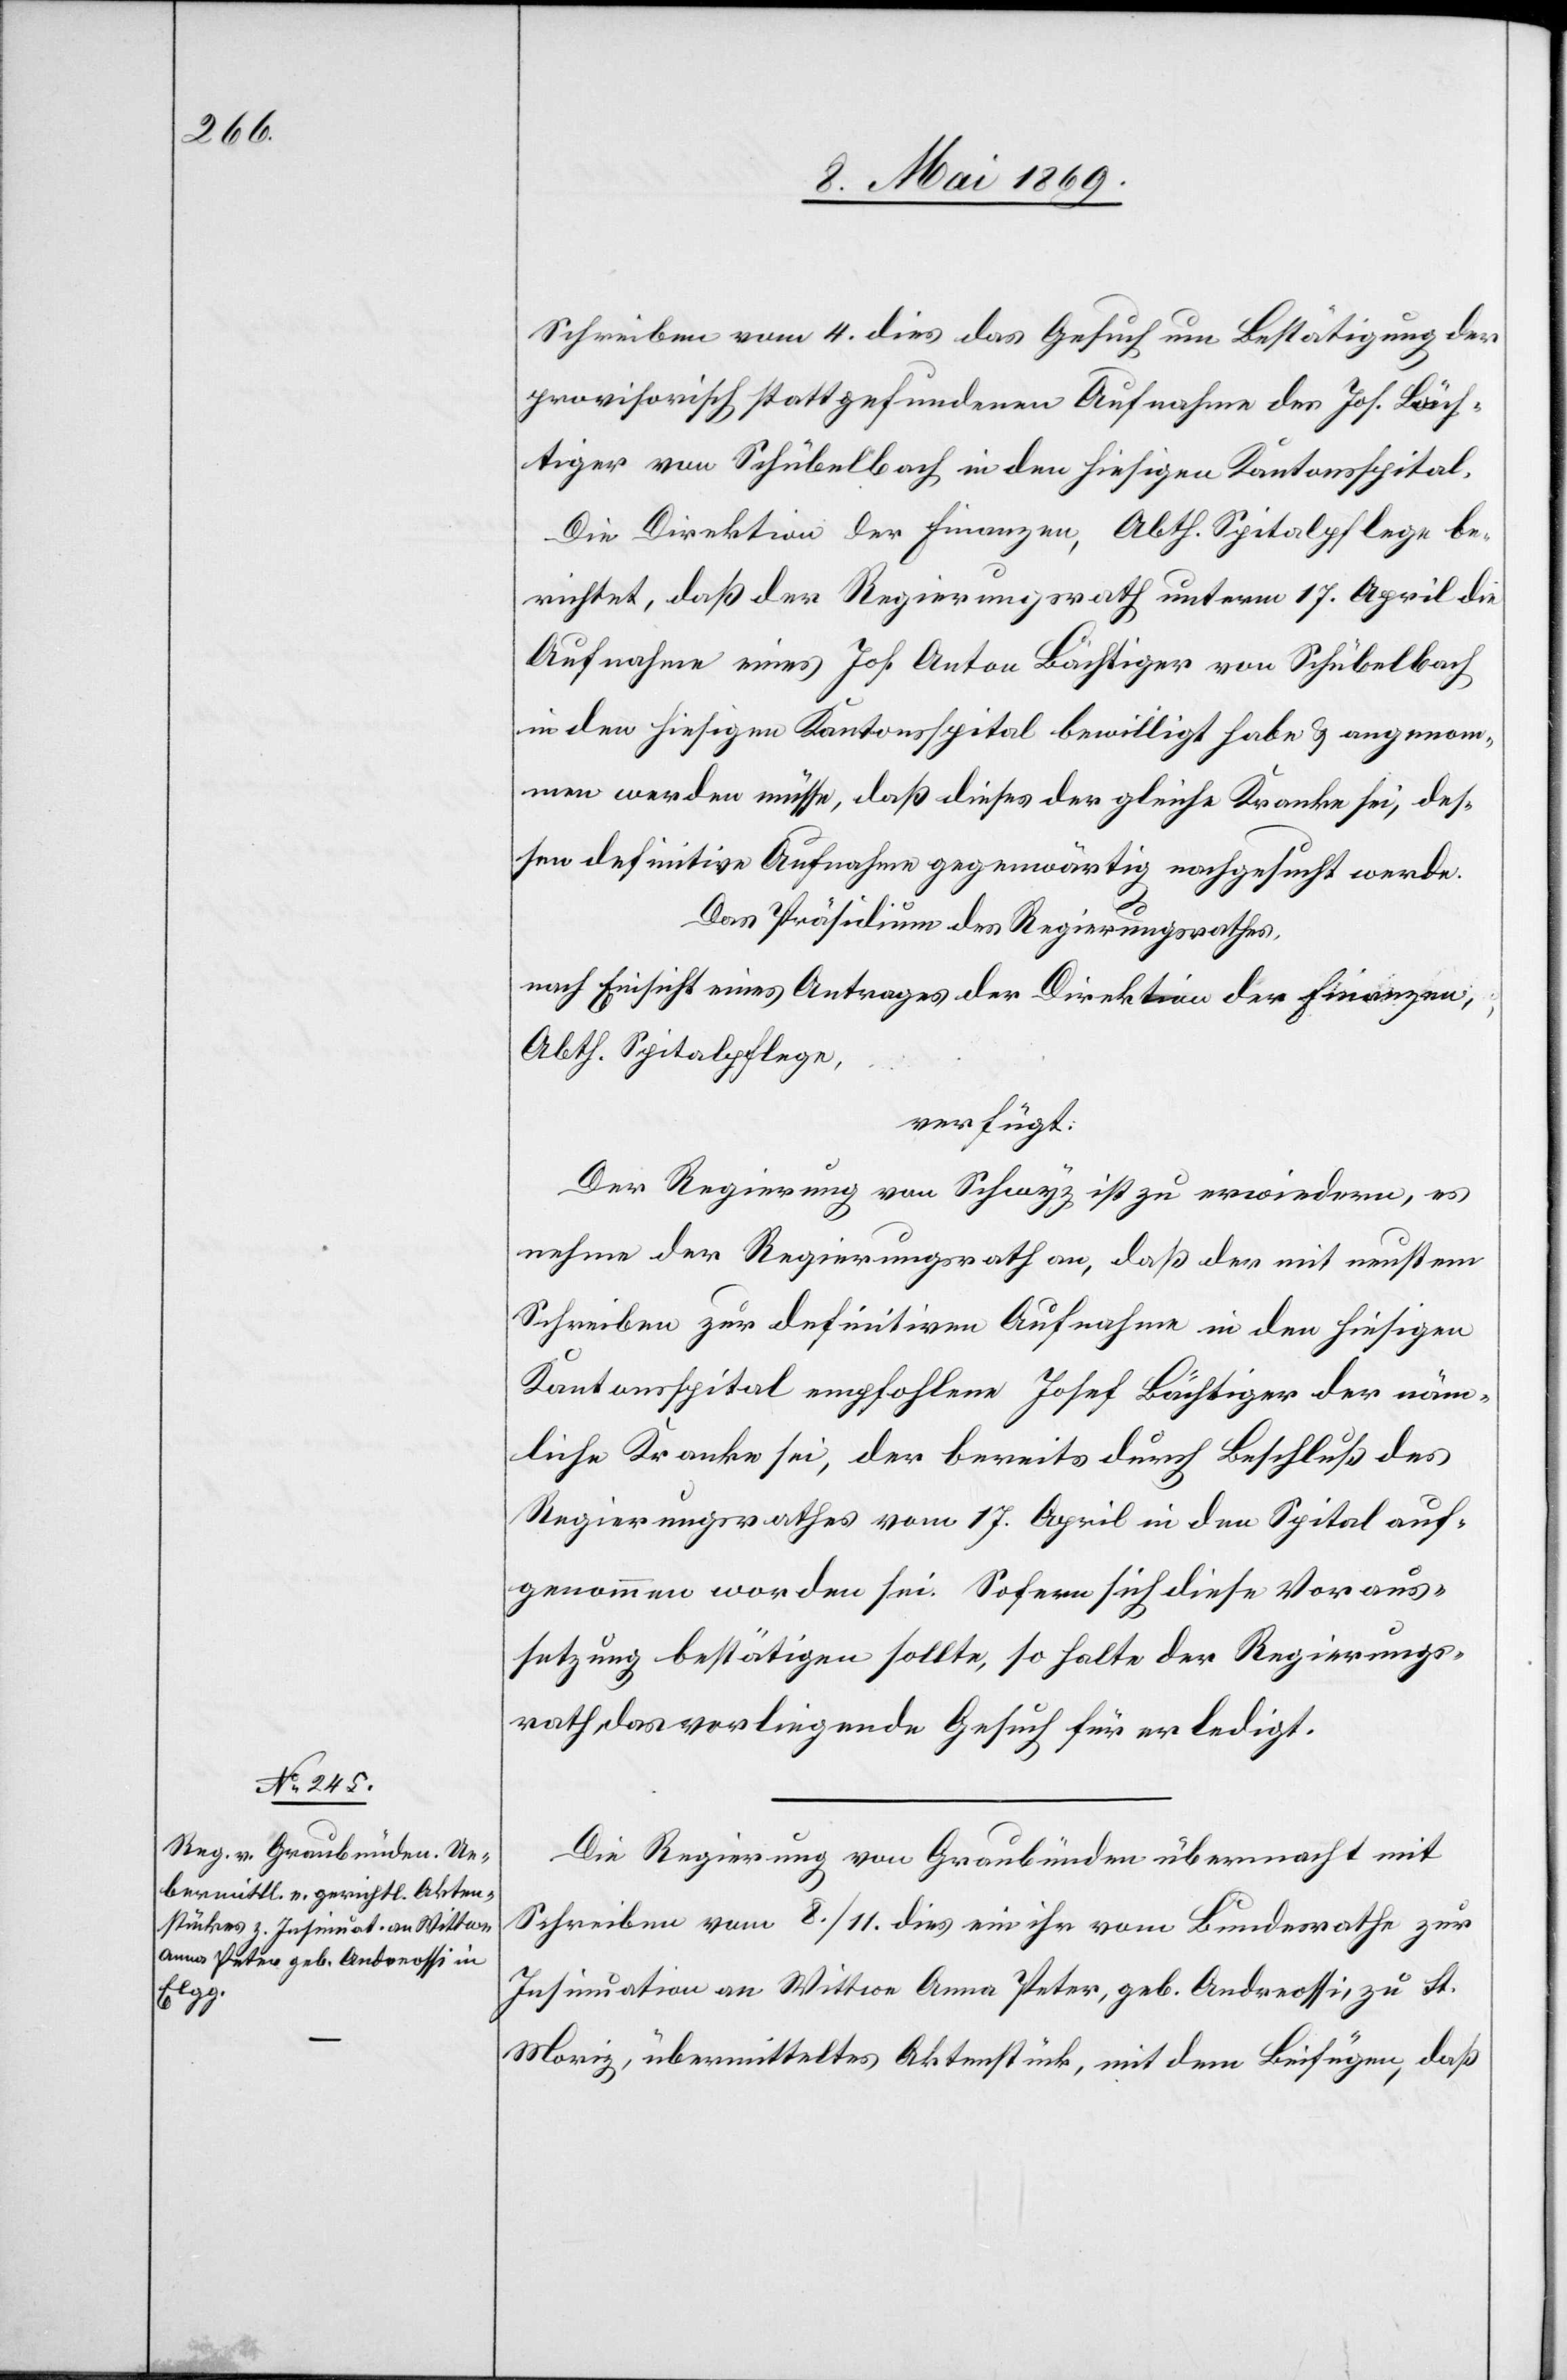
12. Mai 1869.]
Schreiben vom 4. dies das Gesuch um Bestätigung der
provisorisch stattgefundenen Aufnahme der Jos. Bäch¬
tiger von Schübelbach in den hiesigen Kantonsspital.
Die Direktion der Finanzen, Abth. Spitalpflege be¬
richtet, daß der Regierungsrath unterm 17. April die
Aufnahme eines Jos. Anton Bächtiger von Schübelbach
in den hiesigen Kantonsspital bewilligt habe u. angenom¬
men werden müsse, daß dieses der gleiche Kranke sei, des¬
sen definitive Aufnahme gegenwärtig nachgesucht werde.
Das Präsidium des Regierungsrathes,
nach Einsicht eines Antrages der Direktion der Finanzen,
Abth. Spitalpflege,
verfügt:
Der Regierung von Schwyz ist zu erwiedern, es
nehme der Regierungsrath an, daß der mit neustem
Schreiben zur definitiven Aufnahme in den hiesigen
Kantonsspital empfohlene Josef Bächtiger der näm¬
liche Kranke sei, der bereits durch Beschluß des
Regierungsrathes vom 17. April in den Spital auf¬
genommen worden sei. Sofern sich diese Voraus¬
setzung bestätigen sollte, so halte der Regierungs¬
rath das vorliegende Gesuch für erledigt.
Die Regierung von Graubünden übermacht mit
Schreiben vom 8./11. dies ein ihr vom Bundesrathe zur
Insinuation an Wittwe Anna Peter, geb. Andreossi, zu St.
Moriz, übermitteltes Aktenstück, mit dem Beifügen, daß